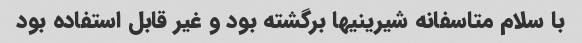
با سلام متاسفانه شیرینیها برگشته بود و غیر قابل استفاده بود